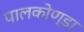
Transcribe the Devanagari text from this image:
पालकोण्डा